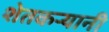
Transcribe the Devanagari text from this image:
शेतकऱ्यानी